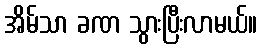
အိမ်သာ ခဏ သွားပြီးလာမယ်။